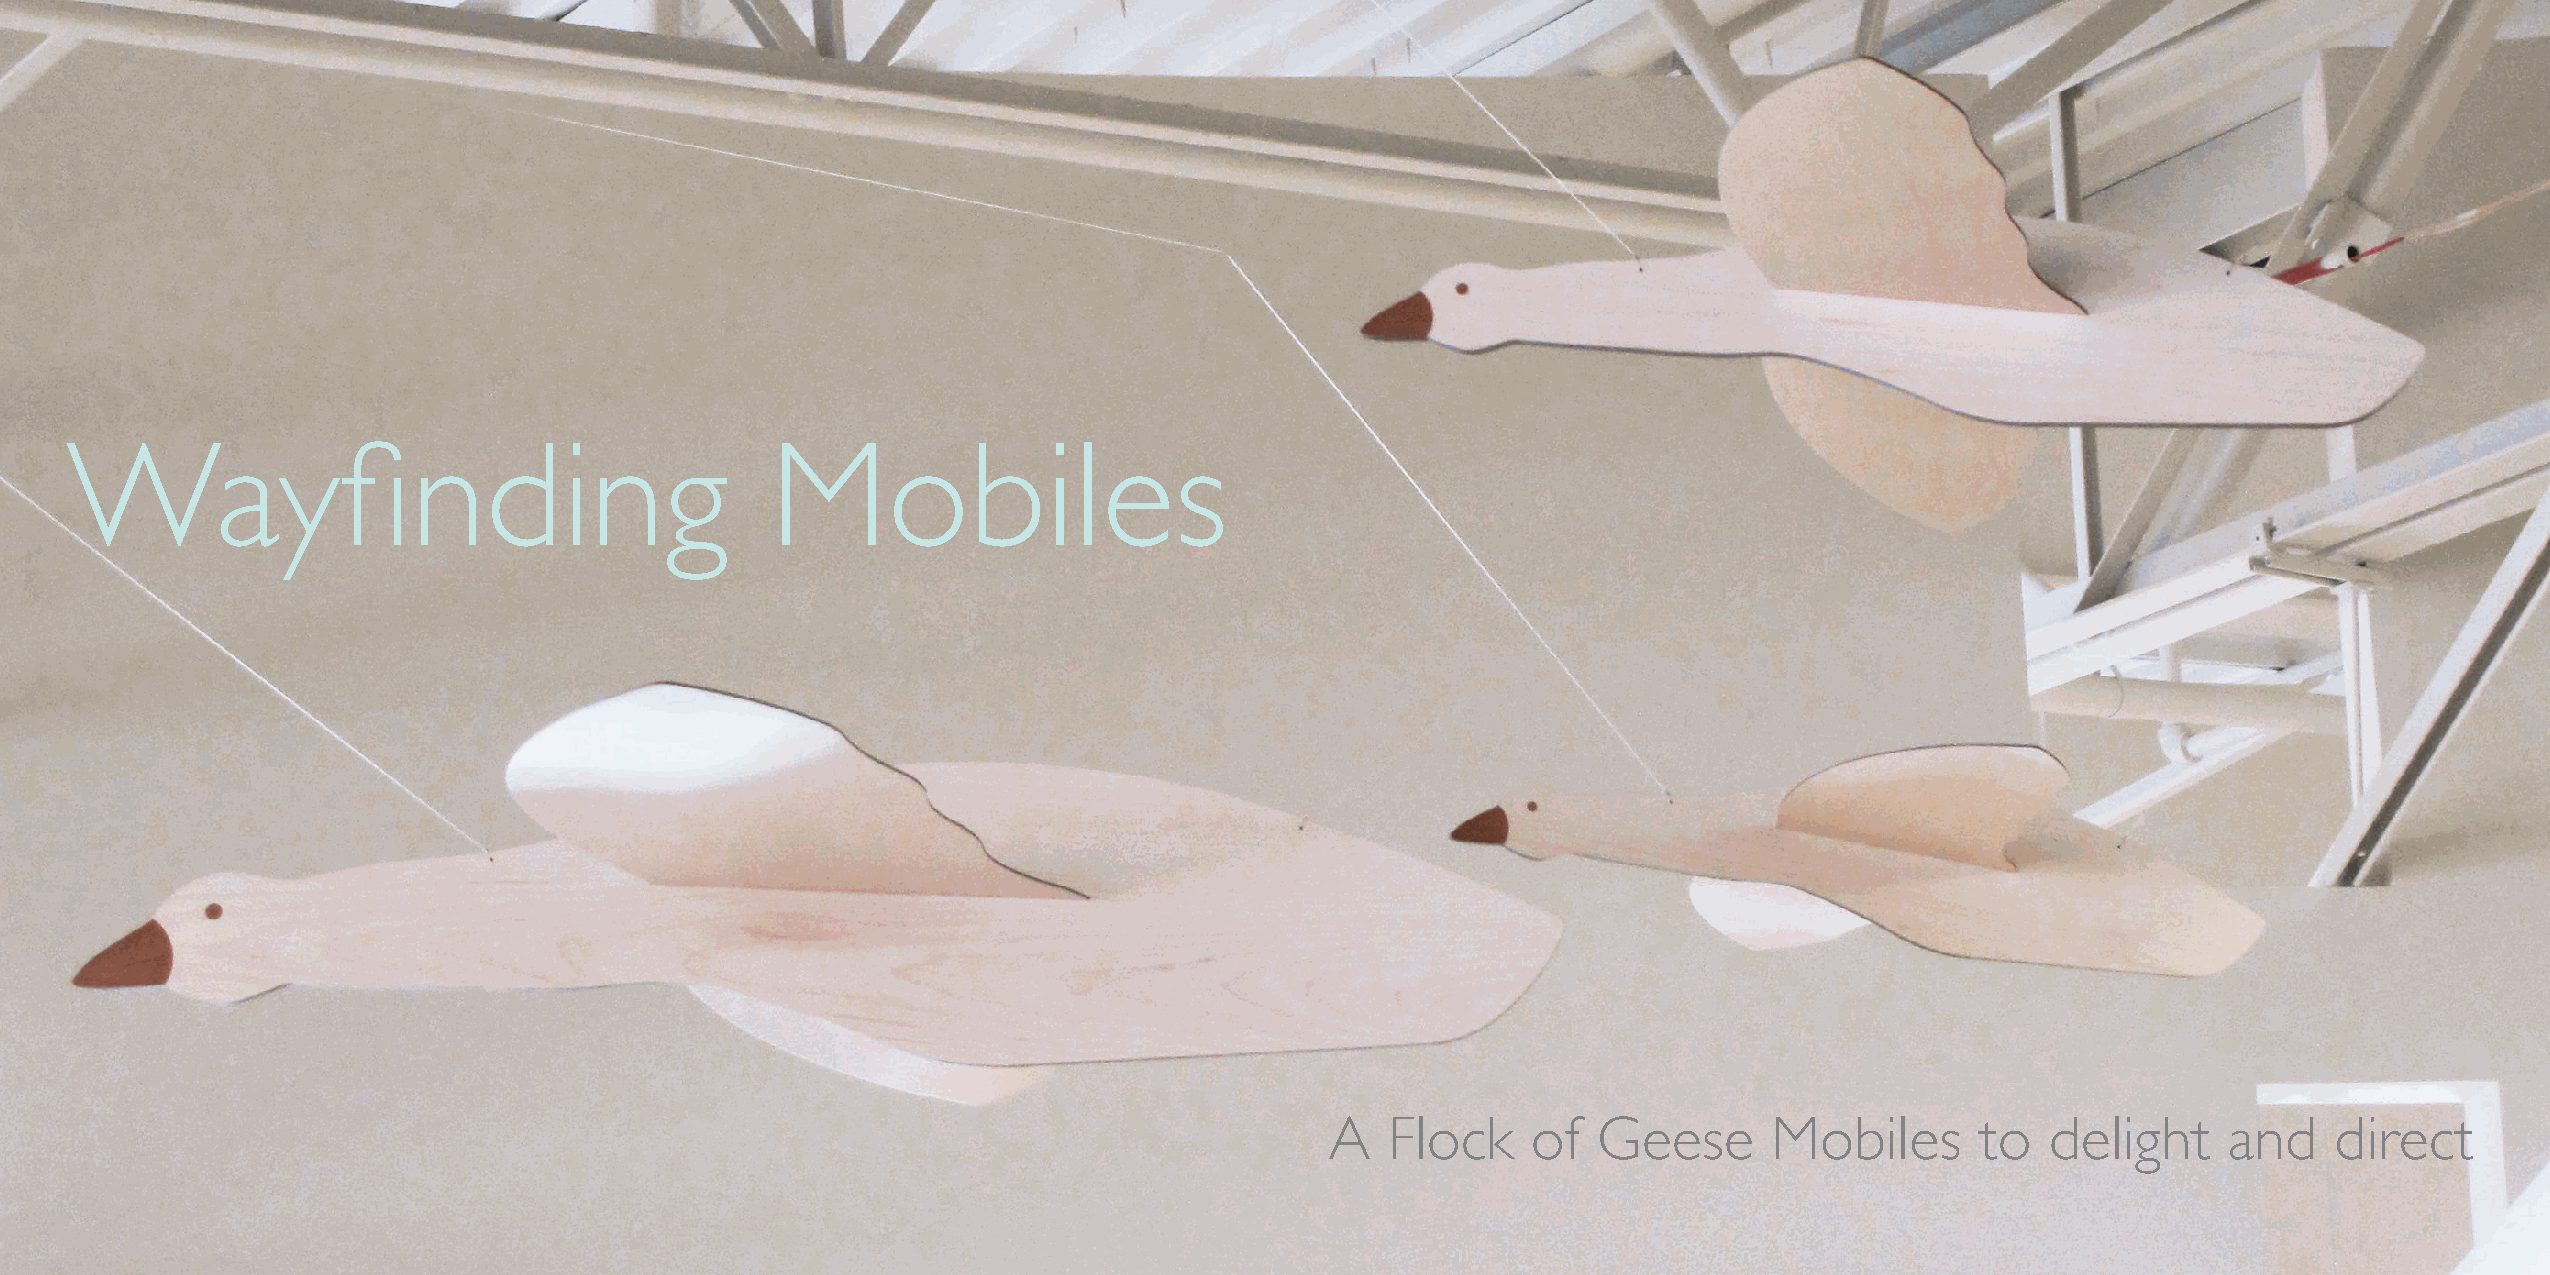
Wayfinding                                     Mobiles
 A   Flock    of   Geese      Mobiles       to   delight    and     direct